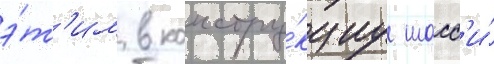
э́т'им в констру́кциу шасс'и́